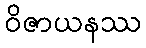
ဝိဇာယနဿ